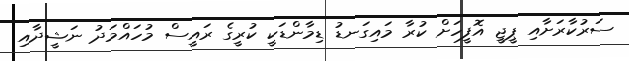
ސަރުކާރަށާއި ޕީޖީ އޮފީހަށް ކުރާ މައިގަނޑު ޑިމާންޑަކީ ކުރީގެ ރައީސް މުހައްމަދު ނަޝީދާއި